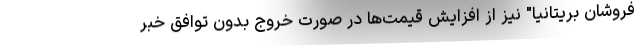
فروشان بریتانیا" نیز از افزایش قیمت‌ها در صورت خروج بدون توافق خبر